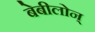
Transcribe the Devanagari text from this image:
बेबीलोन्